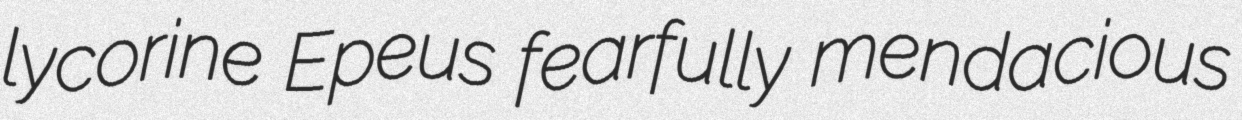
lycorine Epeus fearfully mendacious